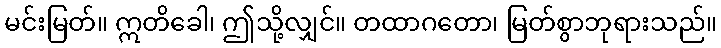
မင်းမြတ်။ ဣတိခေါ၊ ဤသို့လျှင်။ တထာဂတော၊ မြတ်စွာဘုရားသည်။